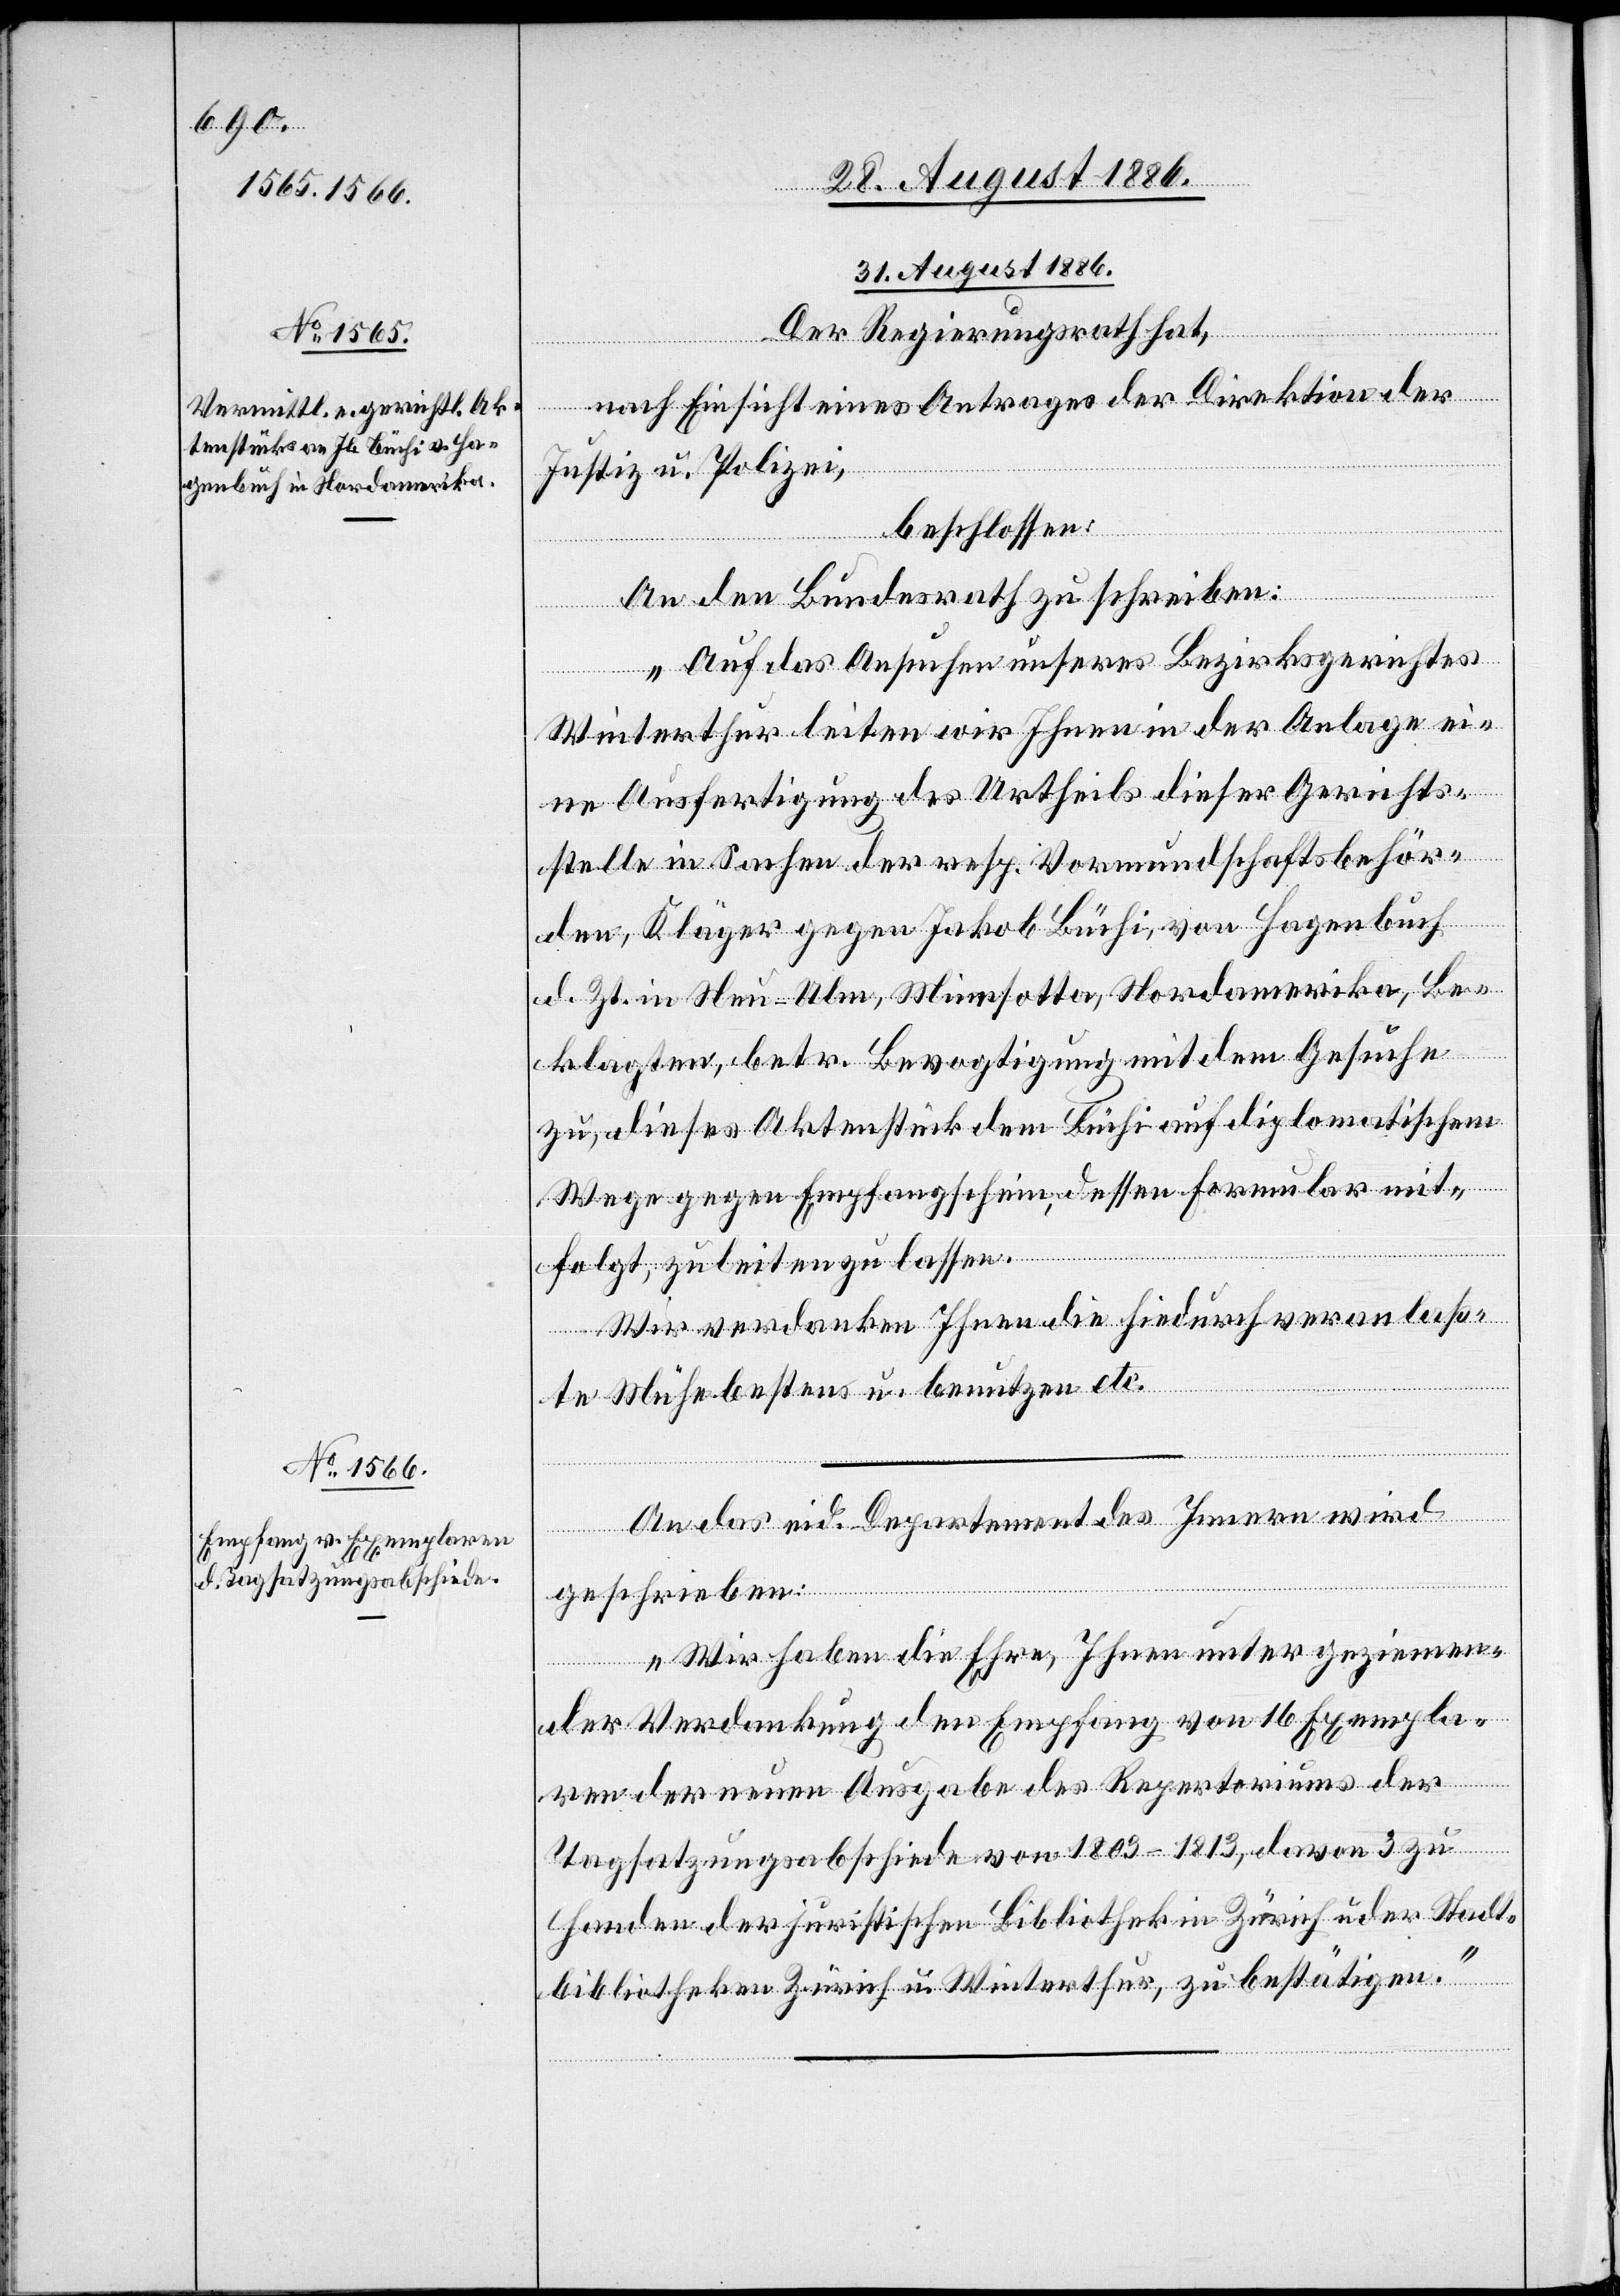
31. August 1886.]
Der Regierungsrath hat,
nach Einsicht eines Antrages der Direktion der
Justiz & Polizei,
beschlossen:
An den Bundesrath zu schreiben:
„Auf das Ansuchen unseres Bezirksrathes
Winterthur leiten wir Ihnen in der Anlage ei¬
ne Ausfertigung des Urtheils dieser Gerichts¬
stelle in Sachen der resp. Vormundschaftsbehör¬
den, Kläger gegen Jakob Büchi, von Hagenbuch,
d. Zt. in Neu-Ulm, Minesotta, Nordamerika, Be¬
klagten, betr. Bevogtigung mit dem Gesuche
zu, dieses Aktenstück dem Büchi auf diplomatischem
Wege gegen Empfangschein, dessen Formular mit¬
folgt, zuleiten zu lassen.
Wir verdanken Ihnen die hiedurch veranlaß¬
te Mühe bestens u. benutzen etc.“
gungen
An das eid. Departement des Innern wird
geschrieben:
„Wir haben die Ehre, Ihnen unter geziemen¬
der Verdankung den Empfang von 16 Exempla¬
idialverfü¬
ren der neuen Ausgabe des Repertoriums der
Tagsatzungsabschiede von 1803–1813, davon 3 zu
Handen der juristischen Bibliothek in Zürich u. der Stadt¬
bibliotheken Zürich u. Winterthur, zu bestätigen.“